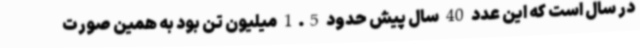
در سال است که این عدد 40 سال پیش حدود 1.5 میلیون تن بود به همین صورت